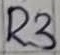
Text: R3